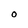
Character: O